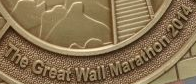
The Great Wall Marathon 2014